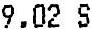
9.02 S